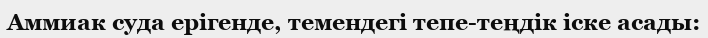
Аммиак суда ерігенде, темендегі тепе-теңдік іске асады: